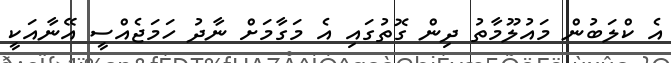
އެ ކްލަބުން މައުލޫމާތު ދިން ގޮތުގައި އެ މަގާމަށް ނާދު ހަމަޖެއްސީ އޭނާއަކީ